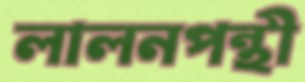
লালনপন্থী